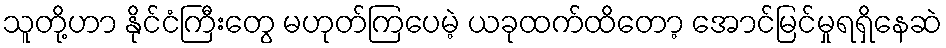
သူတို့ဟာ နိုင်ငံကြီးတွေ မဟုတ်ကြပေမဲ့ ယခုထက်ထိတော့ အောင်မြင်မှုရရှိနေဆဲ